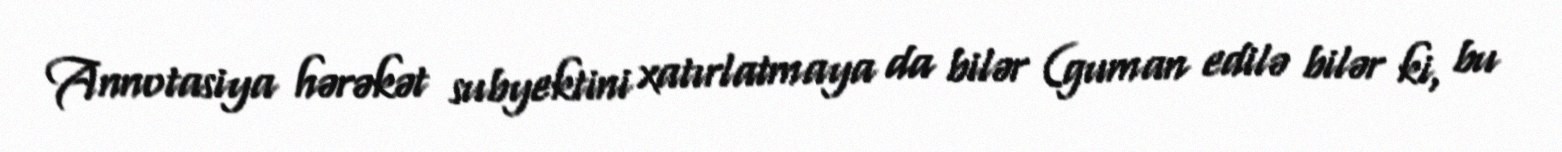
Annotasiya hərəkət subyektini xatırlatmaya da bilər (guman edilə bilər ki, bu